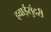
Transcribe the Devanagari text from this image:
हवाईसुंदरी